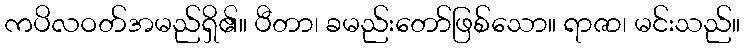
ကပိလဝတ်အမည်ရှိ၏။ ပီတာ၊ ခမည်းတော်ဖြစ်သော။ ရာဇာ၊ မင်းသည်။